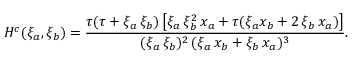
H ^ { c } ( \xi _ { a } , \xi _ { b } ) = \frac { \tau ( \tau + \xi _ { a } \, \xi _ { b } ) \left[ \xi _ { a } \, \xi _ { b } ^ { 2 } \, x _ { a } + \tau ( \xi _ { a } x _ { b } + 2 \, \xi _ { b } \, x _ { a } ) \right] } { ( \xi _ { a } \, \xi _ { b } ) ^ { 2 } \, ( \xi _ { a } \, x _ { b } + \xi _ { b } \, x _ { a } ) ^ { 3 } } .